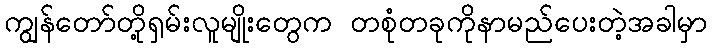
ကျွန်တော်တို့ရှမ်းလူမျိုးတွေက တစုံတခုကိုနာမည်ပေးတဲ့အခါမှာ